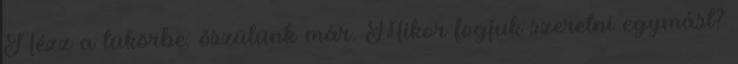
Nézz a tükörbe: őszülünk már. Mikor fogjuk szeretni egymást?